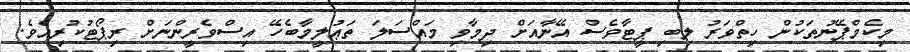
މިކެމްޕޭނުތަކުން ހިތްވަރު ލިބި ޕީޓާވެސް އޭނާއަށް ދިމާވި މައްސަލަ ތަޢުލީމާބެހޭ އިސްވެރީންނަށް ރިޕޯޓުކުރިއެވެ.